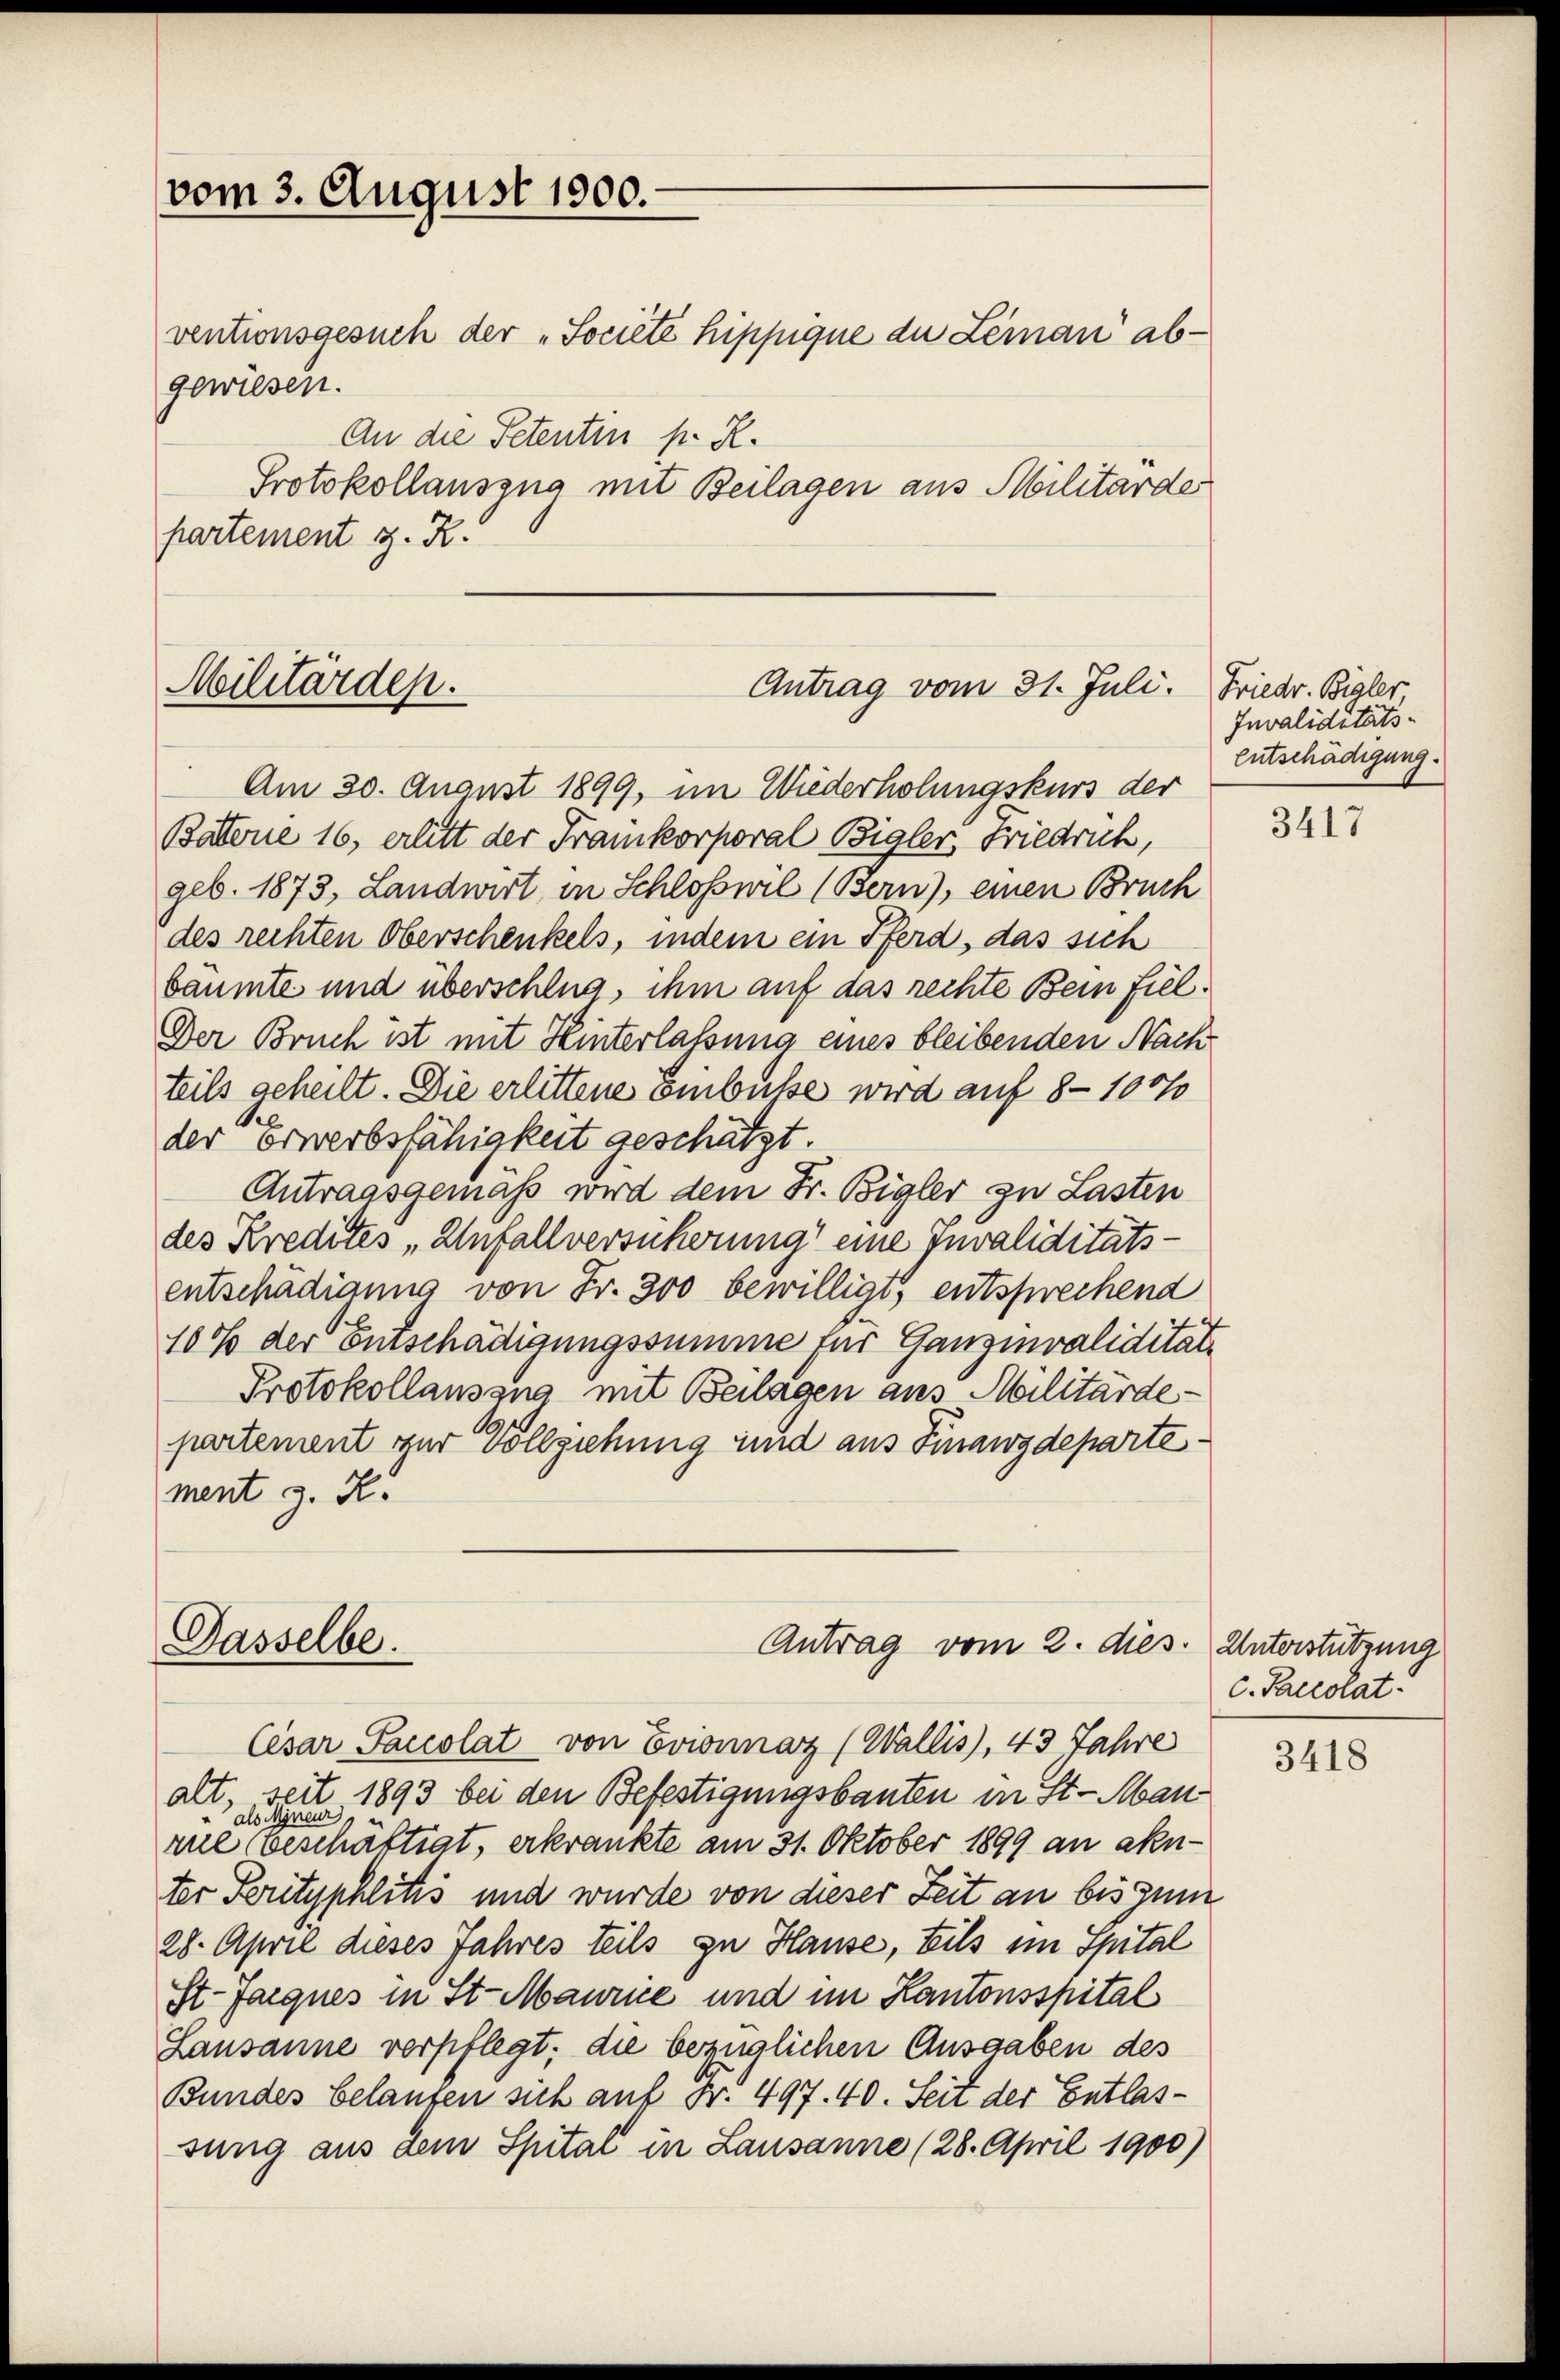
vom 3. August 1900.

ventionsgesuch der "Societé hippique du Leman abgewiesen.
An die Petenten pr. R.

Protokollauszna mit Beilagen aus Militärder
partement z. R.

Militärdep

Am 30. August 1899, im Wiederholungskurs der
Battene 16, erlitt der Fraunkorporal Bigler, Friedrich,
geb. 1873, Landwirt in Schloswil (Bern), einen Bruch
des rechten Oberschenkels, indem ein Pferd, das sich
bäumte und überschlug, ihm auf das rechte Bein fiel¬
Der Bruch ist mit Hinterlassung eines bleibenden Nach-
teils geheilt. Die erlittene Einbusse wird auf 8 - 10070
der erwerbsfähigkeit geschätzt.
Antragsgemaß wird dem Fr. Bigler zu Lasten
des Kredites „Unfallversucherung eine Invaliditäts-
entschadigung von Fr. 300 bewilligt, entsprechend
10% der entschädigungssumme für Ganzinvalidität
Protokollauszug mit Beilagen aus Militärdepartement zur Vollziehung und aus Finanzdepartement z. R.

Antrag vom 31. Juli. Friedr. Bigler

Dasselbe.
Antrag vom 2. dies. Unterstützung

Invaliditäts-
Entschädigung.

Cesar Saccolat von Evionnaz (Wallis), 43 Jahre
alt, seit 1893 bei den Befestigungsbauten in St. Mauals Minen
rue (beschäftigt, erkrankte am 31. Oktober 1899 an aknter Perityphlitis und wurde von dieser Zeit an bis zum
28. April dieses Jahres teils zu Hause, teils im Spital
St. Jacques in St. Maurice und im Kantonsspital
Lausanne verpflegt; die bezüglichen Ausgaben des
Bundes belangen sich auf Nr. 497. 40. Seit der Entlassung aus dem Spital in Lausanne (28. April 1900)

3417

c. Paccotat.

3418